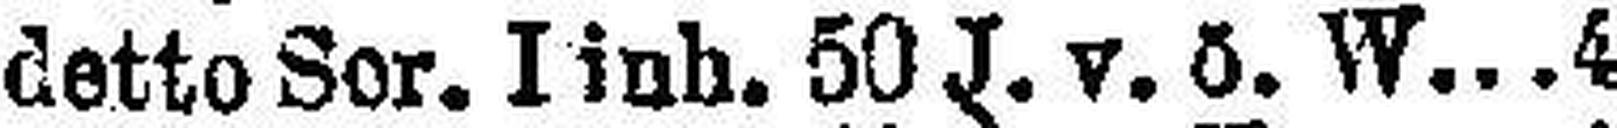
detto Ser. I inb. 50 J. v. 0. W. 4